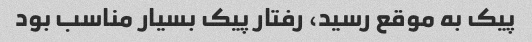
پیک به موقع رسید، رفتار پیک بسیار مناسب بود